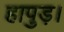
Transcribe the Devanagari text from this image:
हापुड़।